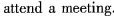
attend a meeting.